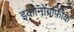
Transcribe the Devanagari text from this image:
इकोनोग्राफ़ीक